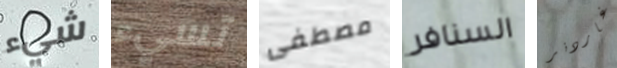
شيء تسيء مصطفى السنافر غاردنر